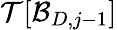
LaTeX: \mathcal{T}[{\mathcal{B}_{D,j-1}}]